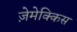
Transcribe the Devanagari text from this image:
ज़ेमेक्किस